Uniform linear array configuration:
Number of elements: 32
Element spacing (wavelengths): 0.25
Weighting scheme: hann
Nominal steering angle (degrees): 60
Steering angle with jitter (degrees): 61.66
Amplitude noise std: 0.05
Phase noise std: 0.05

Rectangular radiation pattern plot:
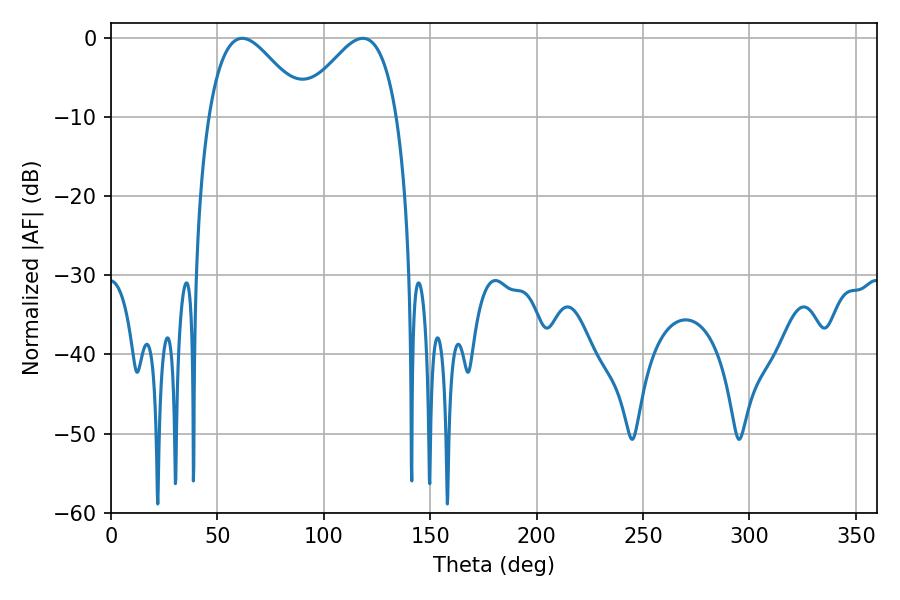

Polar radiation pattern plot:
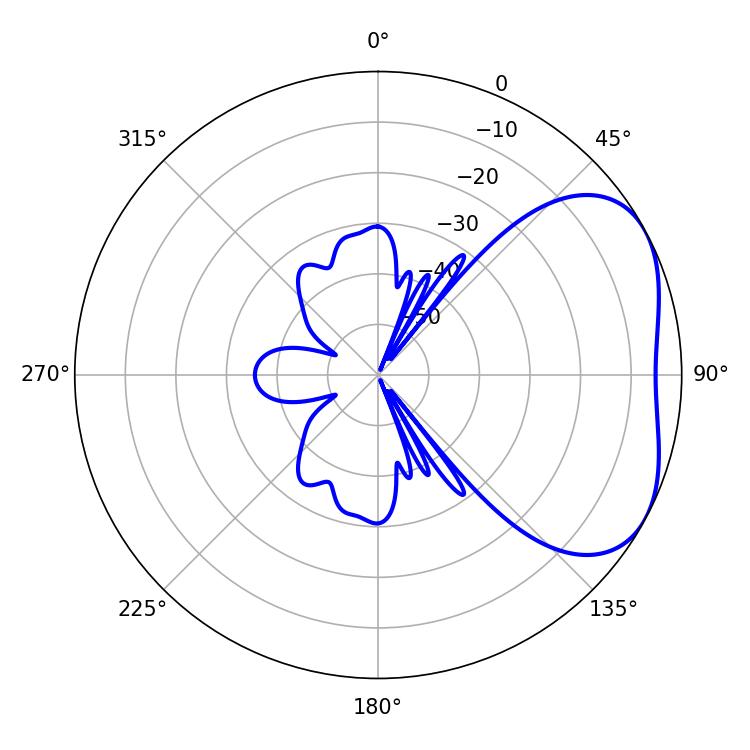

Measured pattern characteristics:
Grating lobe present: FALSE
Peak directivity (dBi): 3.823
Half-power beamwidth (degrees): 24.48
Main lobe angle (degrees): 61.74